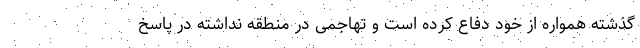
گذشته همواره از خود دفاع کرده است و تهاجمی در منطقه نداشته در پاسخ